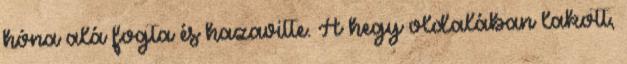
hóna alá fogta és hazavitte. A hegy oldalában lakott,